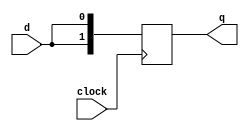
// This program was cloned from: https://github.com/tongplw/HW-Syn-Lab
// License: MIT License

`timescale 1ns / 1ns
//////////////////////////////////////////////////////////////////////////////////
// Company: 
// Engineer: 
// 
// Design Name: 
// Module Name: shift
// Project Name: 
// Target Devices: 
// Tool Versions: 
// Description: 
// 
// Dependencies: 
// 
// Revision:
// Revision 0.01 - File Created
// Additional Comments:
// 
//////////////////////////////////////////////////////////////////////////////////

module shiftA(q,clock,d);
    output [1:0] q;
    input clock,d;
    reg [1:0] q;
    always @(posedge clock)
    begin
    q[0]=d;
    q[1]=q[0];
    end
endmodule


module shiftB(q,clock,d);
    output [1:0] q;
    input clock,d;
    reg [1:0] q;
    always @(posedge clock)
    begin
    q[0]<=d;
    q[1]<=q[0];
    end
endmodule